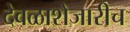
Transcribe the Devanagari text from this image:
देवळाशेजारीच